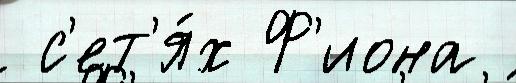
 с'ет'я́х Ф'иона